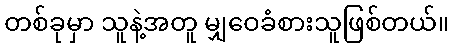
တစ်ခုမှာ သူနဲ့အတူ မျှဝေခံစားသူဖြစ်တယ်။